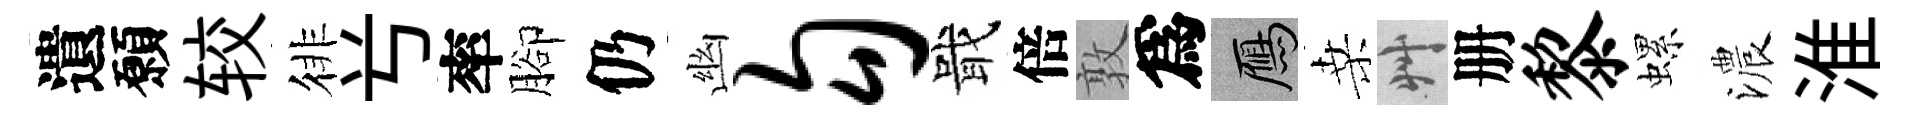
遺願较徘𠔃率腳仍幽勾戢倍敦爲鴈桑艸册黎螺濃淮